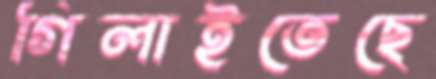
গিলাইতেছে